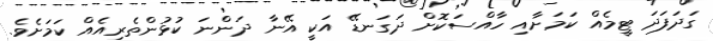
ގަދަފަދަ ޓީމެއް ކަމަށާއި ހާއްސަކޮށް ދަގަނޑޭ އަކީ އޭނާ ދަންނަ ކުޅުންތެރިއެއް ކަމަށެވެ.